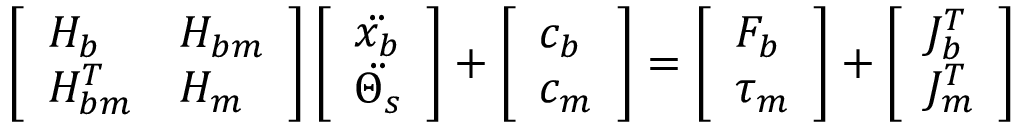
\left[ \begin{array} { l l } { H _ { b } } & { H _ { b m } } \\ { H _ { b m } ^ { T } } & { H _ { m } } \end{array} \right] \left[ \begin{array} { l } { \Ddot { x _ { b } } } \\ { \Ddot { \Theta _ { s } } } \end{array} \right] + \left[ \begin{array} { l } { c _ { b } } \\ { c _ { m } } \end{array} \right] = \left[ \begin{array} { l } { F _ { b } } \\ { \tau _ { m } } \end{array} \right] + \left[ \begin{array} { l } { J _ { b } ^ { T } } \\ { J _ { m } ^ { T } } \end{array} \right]